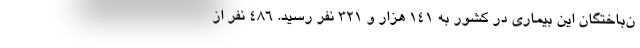
ن‌باختگان این بیماری در کشور به ۱۴۱ هزار و ۳۲۱ نفر رسید. ۴۸۶ نفر از